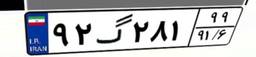
۹۲گ۲۸۱۹۹